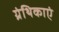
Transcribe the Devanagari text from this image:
ग्रंथिकाएं